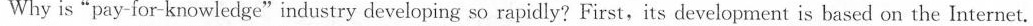
Why is"pay-for-knowledge"industry developing so rapidly? First,its development is based on the Internet.